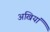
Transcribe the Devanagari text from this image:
अखियां